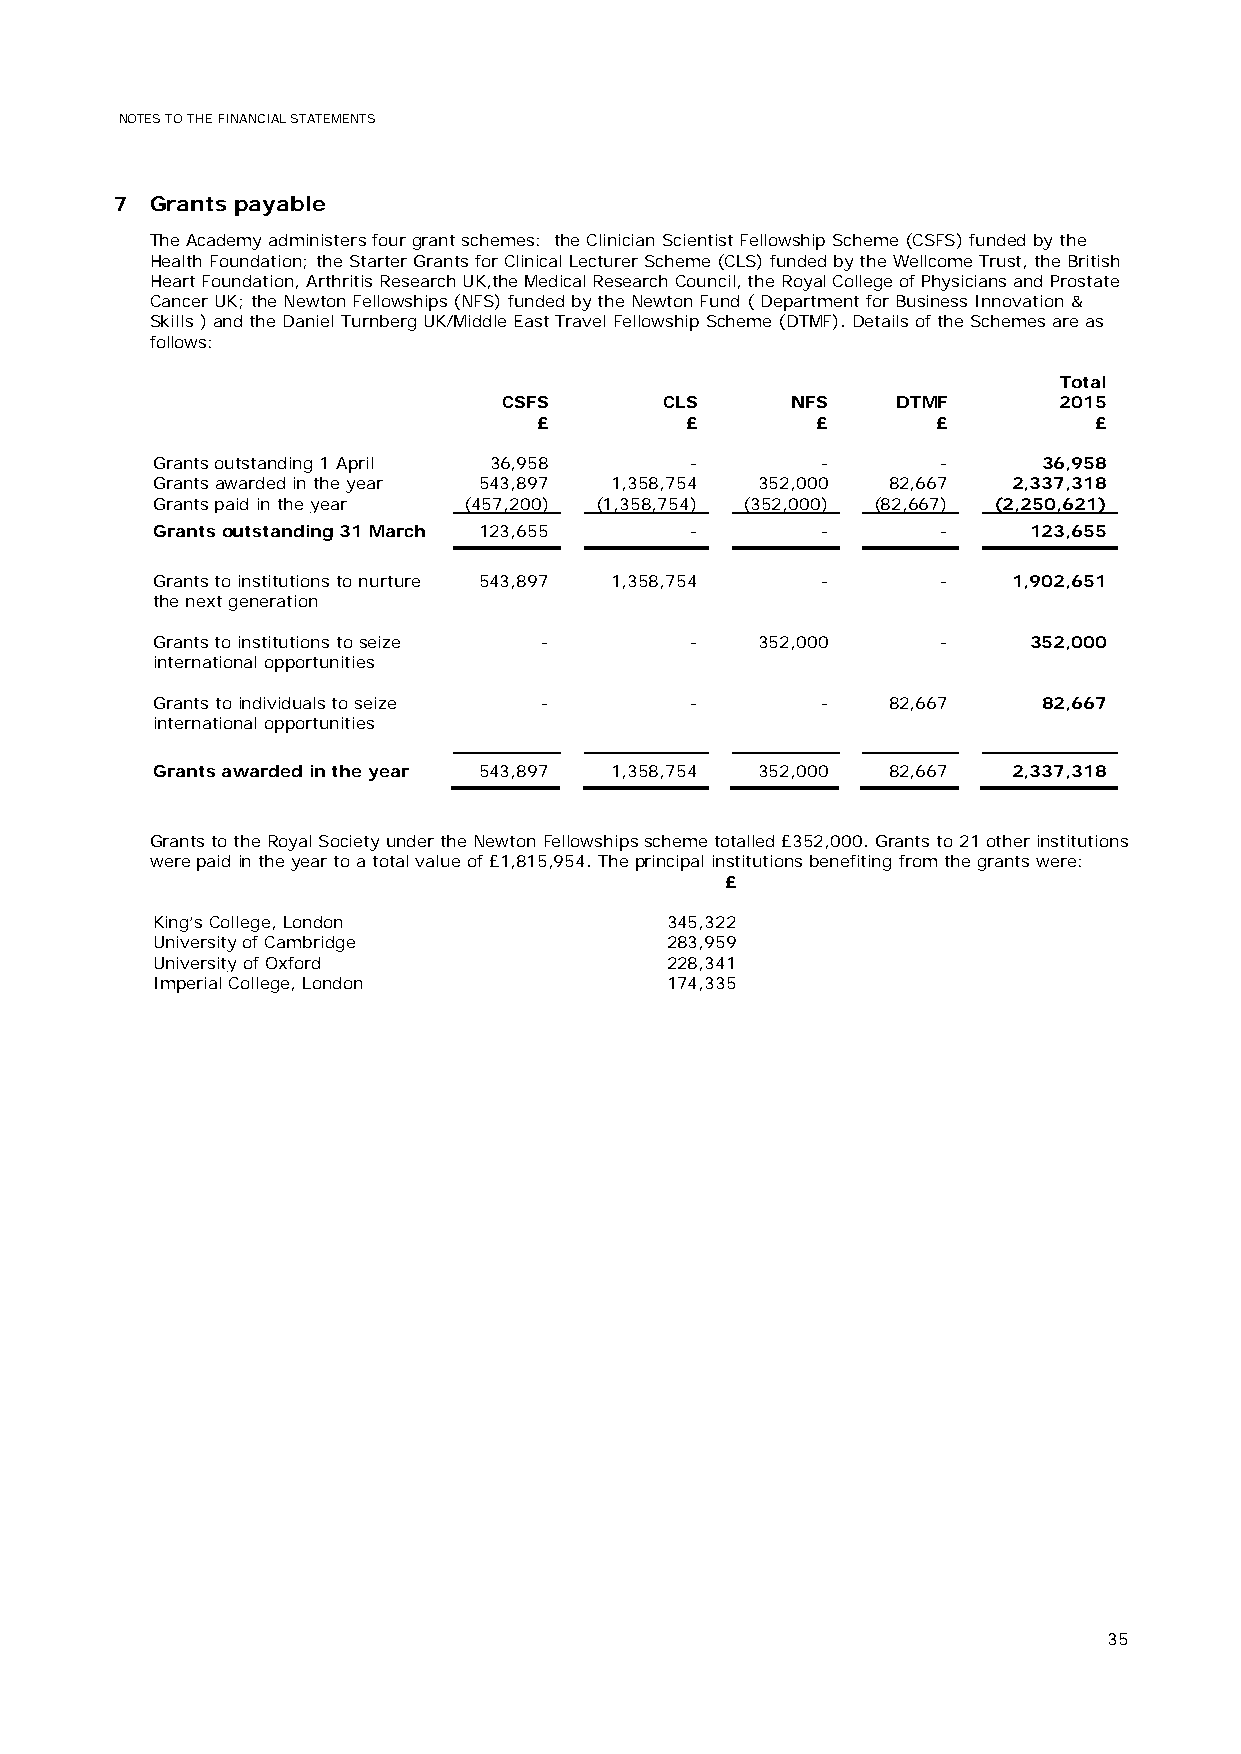
NOTES TO THE FINANCIAL STATEMENTS
 7  Grants payable
 The Academy administers four grant schemes: the Clinician Scientist Fellowship Scheme (CSFS) funded by the
 Health Foundation; the Starter Grants for Clinical Lecturer Scheme (CLS) funded by the Wellcome Trust, the British
 Heart Foundation, Arthritis Research UK,the Medical Research Council, the Royal College of Physicians and Prostate
 Cancer UK; the Newton Fellowships (NFS) funded by the Newton Fund ( Department for Business Innovation &
 Skills ) and the Daniel Turnberg UK/Middle East Travel Fellowship Scheme (DTMF). Details of the Schemes are as
 follows:
 Total
 CSFS       CLS     NFS    DTMF       2015
 £        £        £       £         £
 Grants outstanding 1 April 36,958   -       -       -      36,958
 Grants awarded in the year 543,897 1,358,754 352,000 82,667 2,337,318
 Grants paid in the year (457,200) (1,358,754) (352,000) (82,667) (2,250,621)
 Grants outstanding 31 March 123,655 -       -       -     123,655
 Grants to institutions to nurture 543,897 1,358,754 - -  1,902,651
 the next generation
 Grants to institutions to seize -   -   352,000     -     352,000
 international opportunities
 Grants to individuals to seize -    -       -    82,667    82,667
 international opportunities
 Grants awarded in the year 543,897 1,358,754 352,000 82,667 2,337,318
 Grants to the Royal Society under the Newton Fellowships scheme totalled £352,000. Grants to 21 other institutions
 were paid in the year to a total value of £1,815,954. The principal institutions benefiting from the grants were:
 £
 King’s College, London            345,322
 University of Cambridge           283,959
 University of Oxford              228,341
 Imperial College, London          174,335
 35